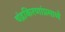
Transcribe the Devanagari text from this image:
चंद्रकिरणांप्रमाणे